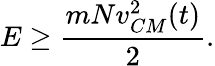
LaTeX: E\ge\frac{mNv_{CM}^{2}(t)}{2}.